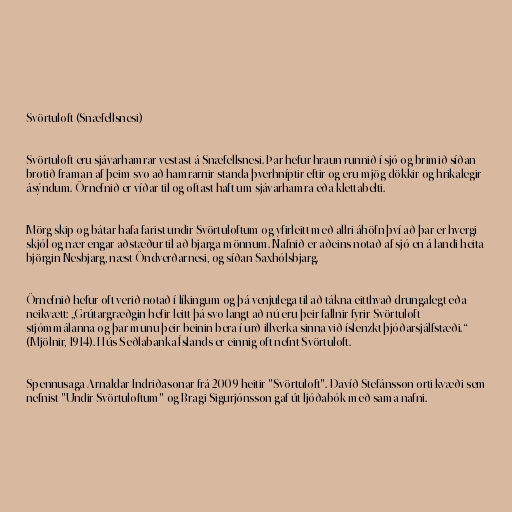
Svörtuloft (Snæfellsnesi)

Svörtuloft eru sjávarhamrar vestast á Snæfellsnesi. Þar hefur hraun runnið í sjó og brimið síðan
brotið framan af þeim svo að hamrarnir standa þverhníptir eftir og eru mjög dökkir og hrikalegir
ásýndum. Örnefnið er víðar til og oftast haft um sjávarhamra eða klettabelti.

Mörg skip og bátar hafa farist undir Svörtuloftum og yfirleitt með allri áhöfn því að þar er hvergi
skjól og nær engar aðstæður til að bjarga mönnum. Nafnið er aðeins notað af sjó en á landi heita
björgin Nesbjarg, næst Öndverðarnesi, og síðan Saxhólsbjarg.

Örnefnið hefur oft verið notað í líkingum og þá venjulega til að tákna eitthvað drungalegt eða
neikvætt: „Grútargræðgin hefir leitt þá svo langt að nú eru þeir fallnir fyrir Svörtuloft
stjómmálanna og þar munu þeir beinin bera í urð illverka sinna við íslenzkt þjóðarsjálfstæði.“
(Mjölnir, 1914). Hús Seðlabanka Íslands er einnig oft nefnt Svörtuloft.

Spennusaga Arnaldar Indriðasonar frá 2009 heitir "Svörtuloft". Davíð Stefánsson orti kvæði sem
nefnist "Undir Svörtuloftum" og Bragi Sigurjónsson gaf út ljóðabók með sama nafni.